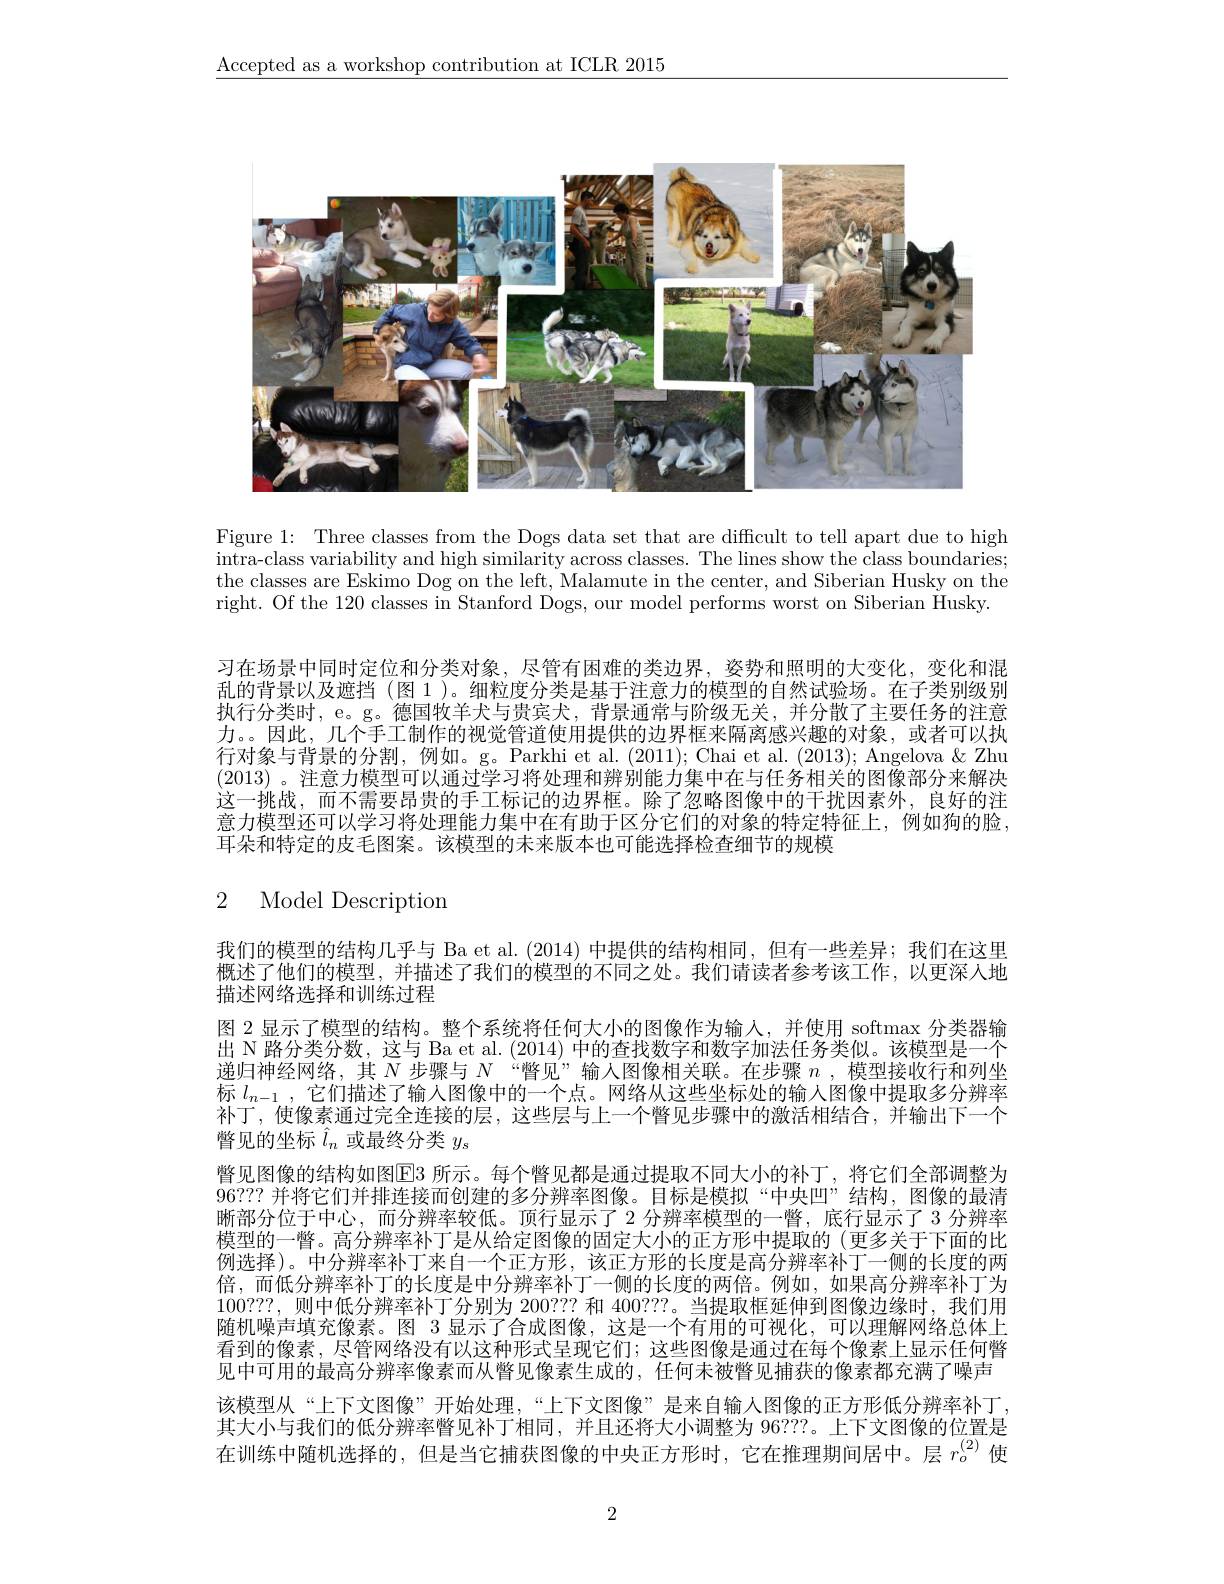
$\underline{\text{Accepted as a workshop contribution at ICLR 2015}}$

<FigureHere>

Figure 1: Three classes from the Dogs data set that are diffcult to tell apart due to high intra-class variability and high similarity across classes. The lines show the class boundaries; the classes are Eskimo Dog on the left, Malamute in the center, and Siberian Husky on the right. Of the 120 classes in Stanford Dogs, our model performs worst on Siberian Husky.

习在场景中同时定位和分类对象，尽管有困难的类边界，姿势和照明的大变化，变化和混乱的背景以及遮挡 (图 1 )。细粒度分类是基于注意力的模型的自然试验场。在子类别级别执行分类时，e。g。德国牧羊犬与贵宾犬，背景通常与阶级无关，并分散了主要任务的注意力。。因此，几个手工制作的视觉管道使用提供的边界框来隔离感兴趣的对象，或者可以执行对象与背景的分割，例如。g。Parkhi et al.(2011); Chai et al. (2013); Angelova & Zhu (2013) 。注意力模型可以通过学习将处理和辨别能力集中在与任务相关的图像部分来解决这一挑战，而不需要昂贵的手工标记的边界框。除了忽略图像中的干扰因素外，良好的注意力模型还可以学习将处理能力集中在有助于区分它们的对象的特定特征上，例如狗的脸耳朵和特定的皮毛图案。该模型的未来版本也可能选择检查细节的规模

## 2 Model Description

我们的模型的结构几乎与 Ba et al.(2014) 中提供的结构相同，但有一些差异；我们在这里概述了他们的模型，并描述了我们的模型的不同之处。我们请读者参考该工作，以更深人地描述网络选择和训练过程
图 2 显示了模型的结构。整个系统将任何大小的图像作为输入，并使用 softmax 分类器输出 N 路分类分数，这与 Ba et al. (2014) 中的查找数字和数字加法任务类似。该模型是一个递归神经网络，其$N$步骤与$N$ “瞥见”输人图像相关联。在步骤$n$ ,模型接收行和列坐标$l_{n-1}$ ,它们描述了输人图像中的一个点。网络从这些坐标处的输入图像中提取多分辨率补丁，使像素通过完全连接的层，这些层与上一个瞥见步骤中的激活相结合，并输出下一个瞥见的坐标$\hat{l}_n$或最终分类$y_\mathrm{s}$
瞥见图像的结构如图El3 所示。每个瞥见都是通过提取不同大小的补丁，将它们全部调整为96??? 并将它们并排连接而创建的多分辨率图像。目标是模拟“中央凹”结构，图像的最清晰部分位于中心，而分辨率较低。顶行显示了 2 分辨率模型的一瞥，底行显示了 3 分辨率模型的一瞥。高分辨率补丁是从给定图像的固定大小的正方形中提取的(更多关于下面的比例选择)。中分辨率补丁来自一个正方形，该正方形的长度是高分辨率补丁一侧的长度的两倍，而低分辨率补丁的长度是中分辨率补丁一侧的长度的两倍。例如，如果高分辨率补丁为100???,则中低分辨率补丁分别为 200??? 和 400???。当提取框延伸到图像边缘时，我们用随机噪声填充像素。图 3 显示了合成图像，这是一个有用的可视化，可以理解网络总体上看到的像素，尽管网络没有以这种形式呈现它们；这些图像是通过在每个像素上显示任何瞥见中可用的最高分辨率像素而从瞥见像素生成的，任何未被瞥见捕获的像素都充满了噪声该模型从“上下文图像”开始处理，“上下文图像”是来自输入图像的正方形低分辨率补丁其大小与我们的低分辨率瞥见补丁相同，并且还将大小调整为 96???。上下文图像的位置是在训练中随机选择的，但是当它捕获图像的中央正方形时，它在推理期间居中。层$r_o^{(2)}$使

2